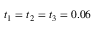
t _ { 1 } = t _ { 2 } = t _ { 3 } = 0 . 0 6